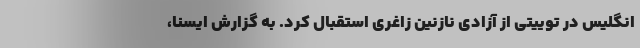
انگلیس در توییتی از آزادی نازنین زاغری استقبال کرد. به گزارش ایسنا،